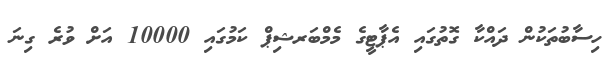
ހިސާބުތަކުން ދައްކާ ގޮތުގައި އެޕާޓީގެ މެމްބަރޝިޕް ކަމުގައި 10000 އަށް ވުރެ ގިނަ